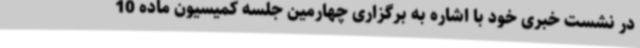
در نشست خبری خود با اشاره به برگزاری چهارمین جلسه کمیسیون ماده 10